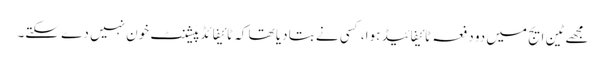
مجھے ٹین ایج میں دو دفعہ ٹائیفائیڈ ہوا، کسی نے بتا دیا تھا کہ ٹائیفائڈ پیشنٹ خون نہیں دے سکتے۔